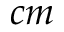
c m